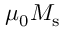
\mu _ { 0 } M _ { \mathrm { s } }